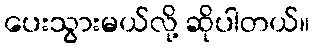
ပေးသွားမယ်လို့ ဆိုပါတယ်။